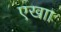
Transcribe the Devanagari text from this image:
एखाा